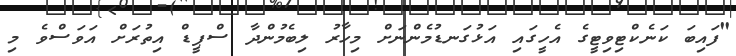
"ފައިބަ ކަނެކްޓިވިޓީގެ އެހީގައި އަޅުގަނޑުމެންނަށް މިހާރު ލިބެމުންދާ ސްޕީޑް އިތުރަށް އަވަސްވެ މި